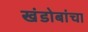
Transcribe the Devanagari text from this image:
खंडोबांचा